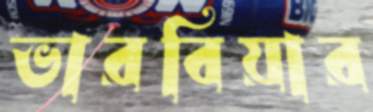
ভারবিয়ার